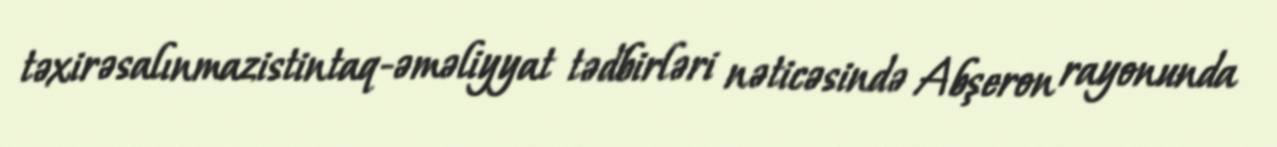
təxirəsalınmazistintaq-əməliyyat tədbirləri nəticəsində Abşeron rayonunda